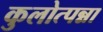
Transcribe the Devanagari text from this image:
कुलोत्पन्ना